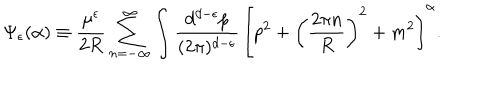
\Psi _ { \epsilon } ( \alpha ) \equiv \frac { \mu ^ { \epsilon } } { 2 R } \sum _ { n = - \infty } ^ { \infty } \int \frac { d ^ { d - \epsilon } p } { ( 2 \pi ) ^ { d - \epsilon } } \, \left[ p ^ { 2 } + \left( \frac { 2 \pi n } { R } \right) ^ { 2 } + m ^ { 2 } \right] ^ { \alpha } .